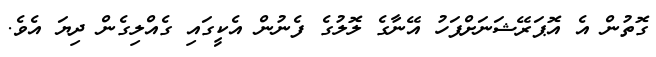
ގޮތުން އެ އޮޕަރޭޝަނަށްފަހު އޭނާގެ ލޮލުގެ ފެނުން އެކީގައި ގެއްލިގެން ދިޔަ އެވެ.